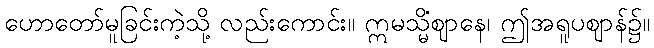
ဟောတော်မူခြင်းကဲ့သို့ လည်းကောင်း။ ဣမသ္မိံဈာနေ၊ ဤအရူပဈာန်၌။